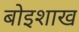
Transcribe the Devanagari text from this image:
बोइशाख